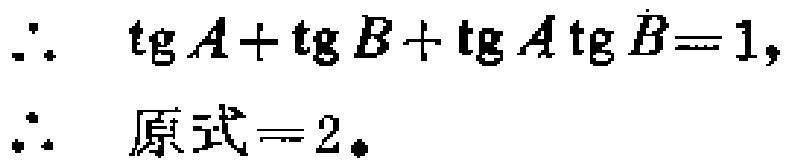
\(\therefore\ \mathrm{tg}A + \mathrm{tg}B+\mathrm{tg}A\mathrm{tg}B = 1,\)
\(\therefore\ \mathrm{原式}=2。\)